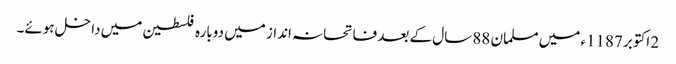
2 اکتوبر 1187ء میں مسلمان 88 سال کے بعد فاتحانہ انداز میں دوبارہ فلسطین میں داخل ہوئے۔